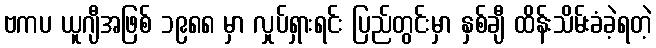
ဗကပ ယူဂျီအဖြစ် ၁၉၈၈ မှာ လှုပ်ရှားရင်း ပြည်တွင်းမှာ နှစ်ချီ ထိန်းသိမ်းခံခဲ့ရတဲ့